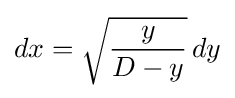
dx={\sqrt {\frac {y}{D-y}}}\,dy